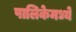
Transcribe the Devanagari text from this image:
पालिकेमध्ये